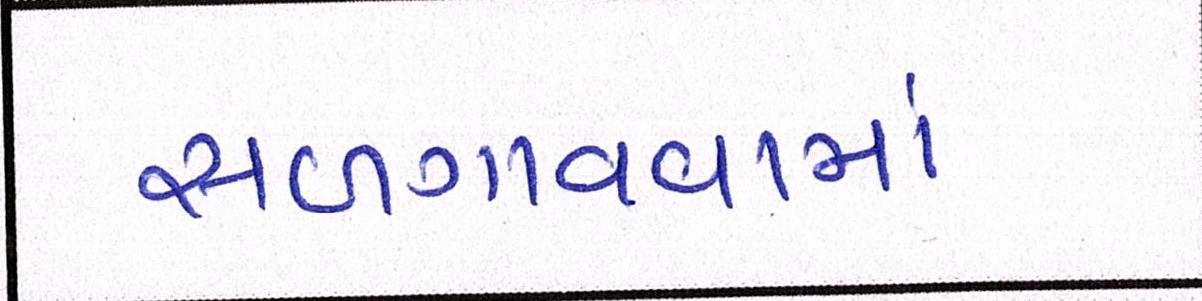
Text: સળગાવવામાં